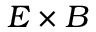
{ \boldsymbol { E } } \times { \boldsymbol { B } }